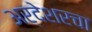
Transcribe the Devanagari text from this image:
अर्देशरचा